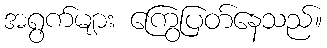
အရွက်များ ကြွေပြတ်နေသည်။